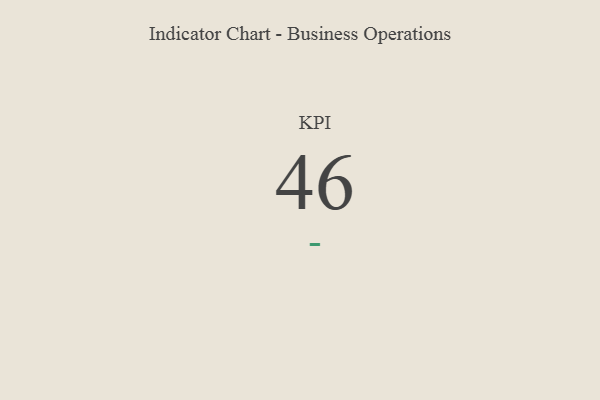
{"axis": {"x": "KPI", "y": "Value"}, "legend": [""], "data": [{"x": "KPI", "y": 46, "type": ""}]}